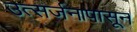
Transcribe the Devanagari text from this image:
उत्सर्जनापासून